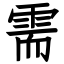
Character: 需